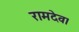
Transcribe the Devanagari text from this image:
रामदेव।